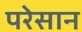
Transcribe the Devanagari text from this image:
परेसान